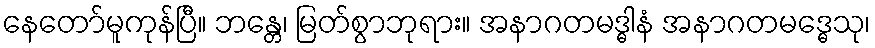
နေတော်မူကုန်ပြီ။ ဘန္တေ၊ မြတ်စွာဘုရား။ အနာဂတမဒ္ဓါနံ အနာဂတမဒ္ဓေသု၊